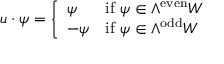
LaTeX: u \cdot \psi = \left\{ { \begin{array} { l l } { \psi } & { { \mathrm { i f ~ } } \psi \in \wedge ^ { \mathrm { e v e n } } W } \\ { - \psi } & { { \mathrm { i f ~ } } \psi \in \wedge ^ { \mathrm { o d d } } W } \end{array} } \right.